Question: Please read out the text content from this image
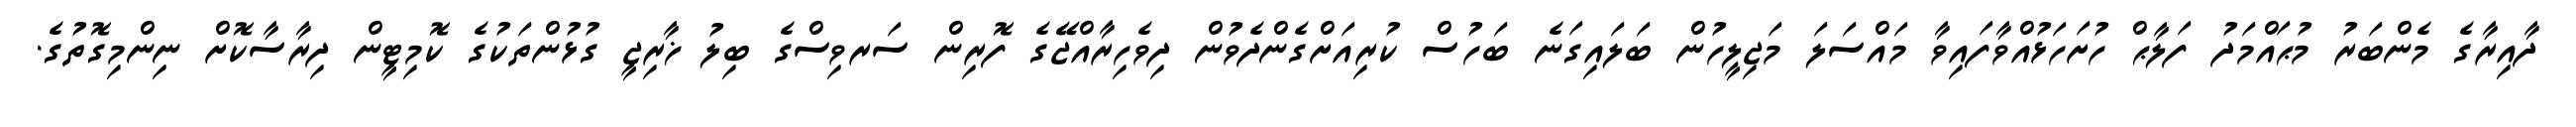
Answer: ދާއިރާގެ މެންބަރު މުޙައްމަދު ފަލާޙް ހުށަހަޅުއްވާފައިވާ މައްސަލަ މަޖިލީހުން ބަލައިގަނެ ބަހުސް ކުރިއަށްގެންދެވުން ދިވެހިރާއްޖޭގެ ފޮރިން ސަރވިސްގެ ބިލު ޚާރިޖީ ގުޅުންތަކުގެ ކޮމިޓީން ދިރާސާކޮށް ނިންމިގޮތުގެ.